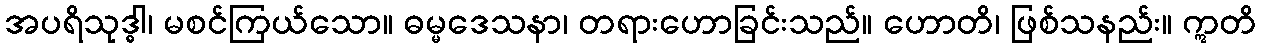
အပရိသုဒ္ဓါ၊ မစင်ကြယ်သော။ ဓမ္မဒေသနာ၊ တရားဟောခြင်းသည်။ ဟောတိ၊ ဖြစ်သနည်း။ ဣတိ